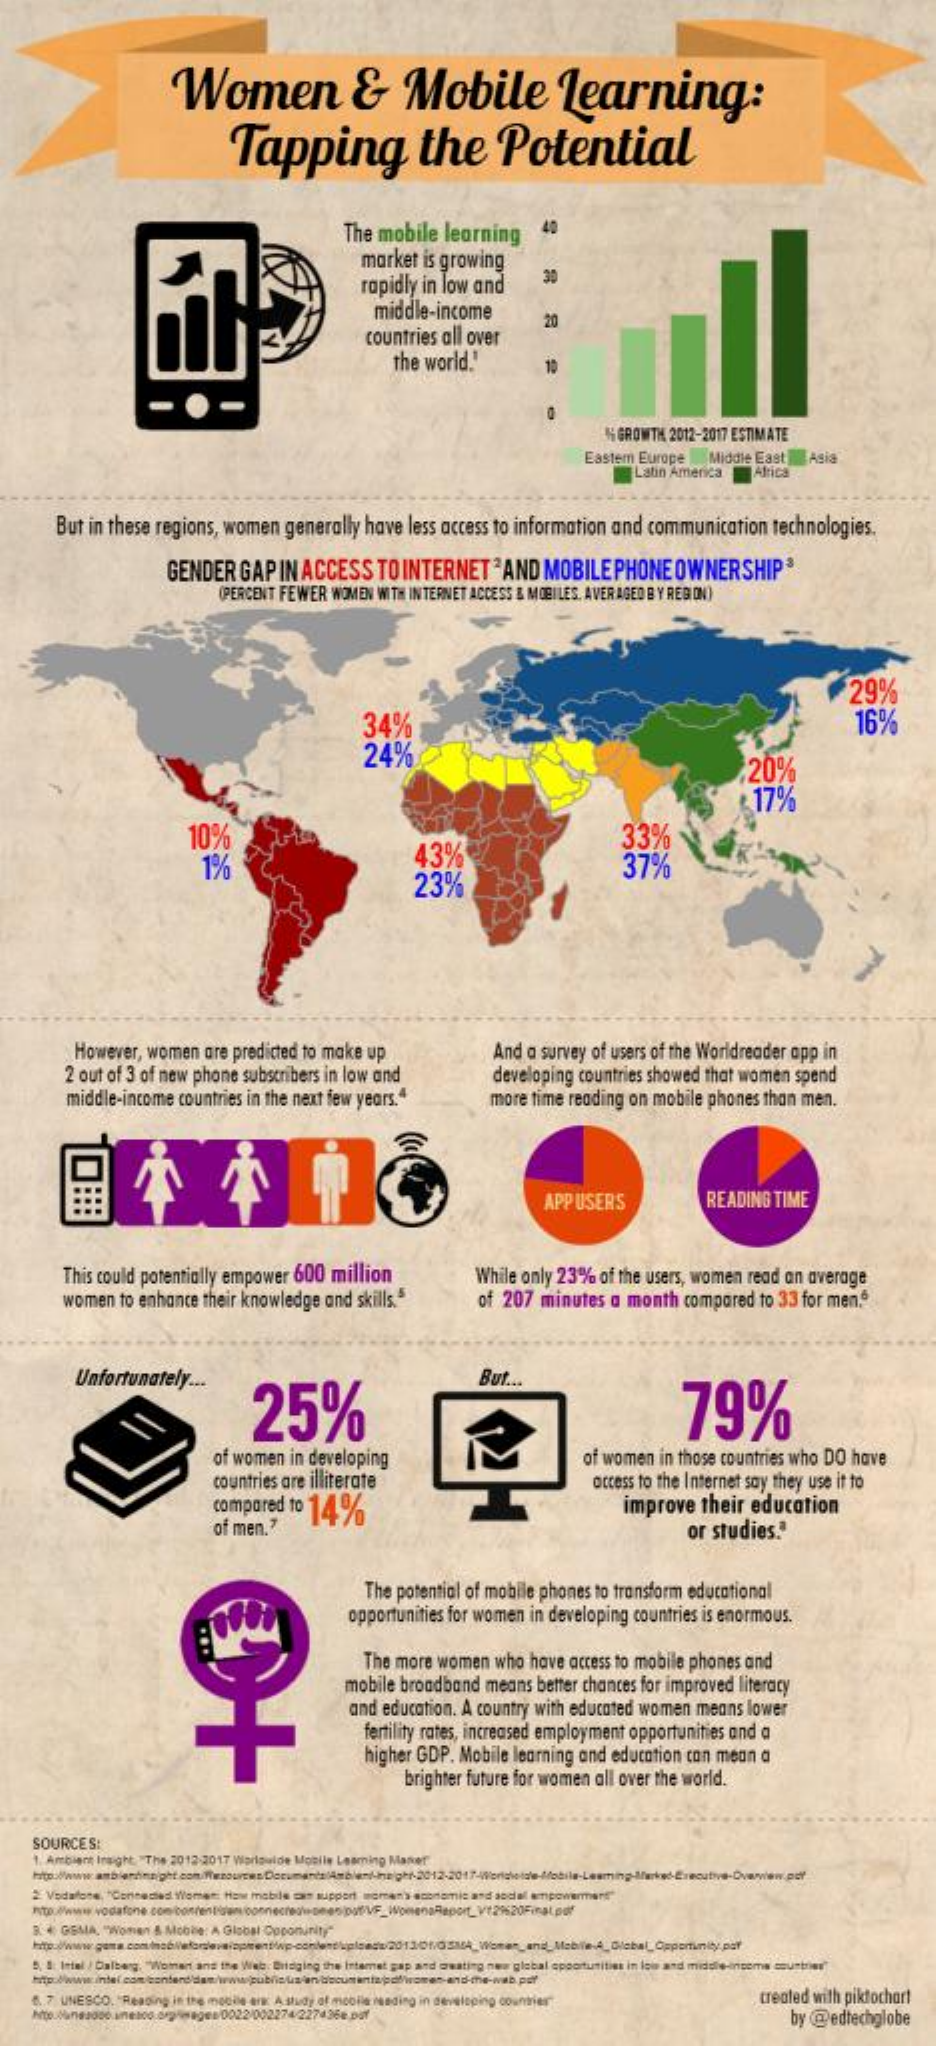
Women    &    Mobile    Learning:
     Tapping    the    Potential
     The  mobile   learning    40
     market  is growing
     rapidly in low  and    30
     middle-income
     countries  all over
     20
     the world."
     GROWTH 2012-2017 ESTIMATE
     Eastem  Europe
     Latin America
     Middle East    Asia
     Africa
     But  in these regions,  women    generally   have  less access  to information   and  communication    technologies.
     GENDER    GAP  IN ACCESS    TO INTERNET    "AND   MOBILE    PHONE    OWNERSHIP3
     (PERCENT FEWER  WOMEN  WITH INTERNET ACCESS & MOBILES. AVERAGED BY REGION)
     29%
     34%    16%
     24%
     20%
     17%
     10%
     1%    43%
     33%
     23%
     37%
     However,  women    are predicted to make  up
     2 out of 3 of new phone  subscribers in low and
     And a survey  of users of the Worldreader  app  in
     middle-income   countries in the next few years.4
     developing  countries showed  that women   spend
     more  time reading  on  mobile  phones  than men.
     APPUSERS    READING   TIME
     This could potentially empower   600   million    While  only 23%   of the users, women   read an average
     women    to enhance their knowledge   and  skills.5    of  207  minutes   a  month   compared   to 33 for men.6
     Unfortunately    ...
     25%
     But ...
     79%
     of women  in developing
     countries are illiterate
     of women   in those countries who DO  have
     compared   to 14%
     access to the Internet say they use it to
     of men.7
     improve   their   education
     or studies."
     The potential of mobile  phones   to transform educational
     opportunities for women   in developing  countries is enormous.
     The more  women    who  have  access to mobile phones  and
     mobile broadband   means   better chances for improved  literacy
     and  education.  A country  with educated  women   means   lower
     fertility rates, increased employment  opportunities and a
     higher GDP.   Mobile learning  and  education  can mean  a
     brighter future for women  all over the world.
     SOURCES:
     1. Ambiar Insight. "The 2012-2017 Wariguide Mobile Leaming Market
     2: Vodafone, "Conceded Wiemer: Haw mable saxe support women's economic and sodal empowerment"
     B. 4 GGMIA, "Women & Mobbe: A Global Coponirity"
     5, 8: Intel / Dalberg, "Woman and the Web. Bridging the Intemet gap and owating new global opportunities in low and middle-
     6. 7. UNESCO. "Reading in the mobile en A study of mooile meding in developing countries"    treated with piktochart
     22/002274/227436 ₺ püf    by @edtechglobe